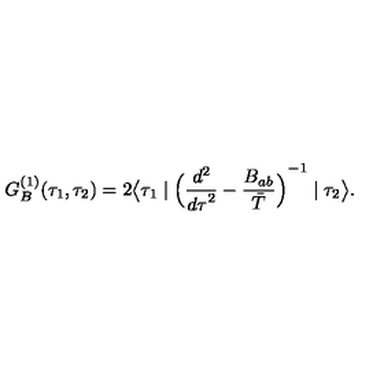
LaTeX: G _ { B } ^ { ( 1 ) } ( \tau _ { 1 } , \tau _ { 2 } ) = 2 \bigl \langle \tau _ { 1 } \mid { \Bigl ( { \frac { d ^ { 2 } } { { d \tau } ^ { 2 } } } - { \frac { B _ { a b } } { \bar { T } } } \Bigl ) } ^ { - 1 } \mid \tau _ { 2 } \bigr \rangle .